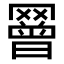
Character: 𦌝